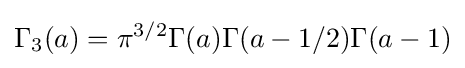
\Gamma _{3}(a)=\pi ^{3/2}\Gamma (a)\Gamma (a-1/2)\Gamma (a-1)